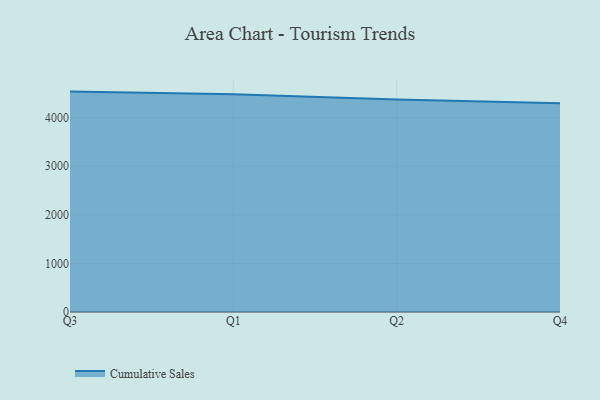
{"axis": {"x": "Quarter", "y": "Backlog"}, "legend": ["Cumulative Sales"], "data": [{"x": "Q3", "y": 4537.4, "type": "Cumulative Sales"}, {"x": "Q1", "y": 4480.6, "type": "Cumulative Sales"}, {"x": "Q2", "y": 4374.8, "type": "Cumulative Sales"}, {"x": "Q4", "y": 4297.9, "type": "Cumulative Sales"}]}